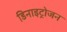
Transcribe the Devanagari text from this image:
डिनाइट्रोजन